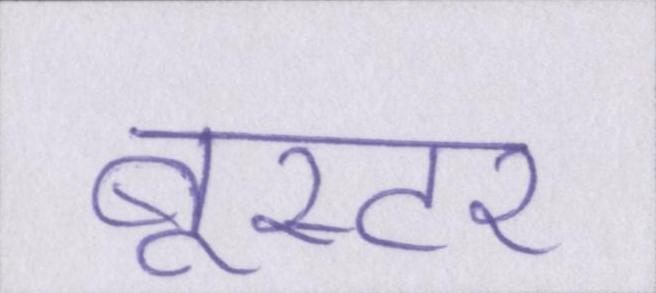
बूस्टर